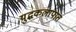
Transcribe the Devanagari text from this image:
युद्धकलापात